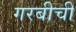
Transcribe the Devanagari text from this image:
गरबीची